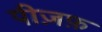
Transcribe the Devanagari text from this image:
पीज़फ़